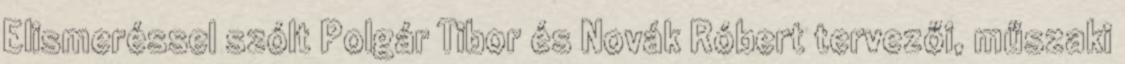
Elismeréssel szólt Polgár Tibor és Novák Róbert tervezői, műszaki